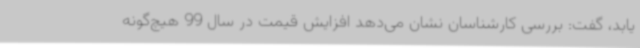
یابد، گفت: بررسی کارشناسان نشان می‌دهد افزایش قیمت در سال 99 هیچ‌گونه